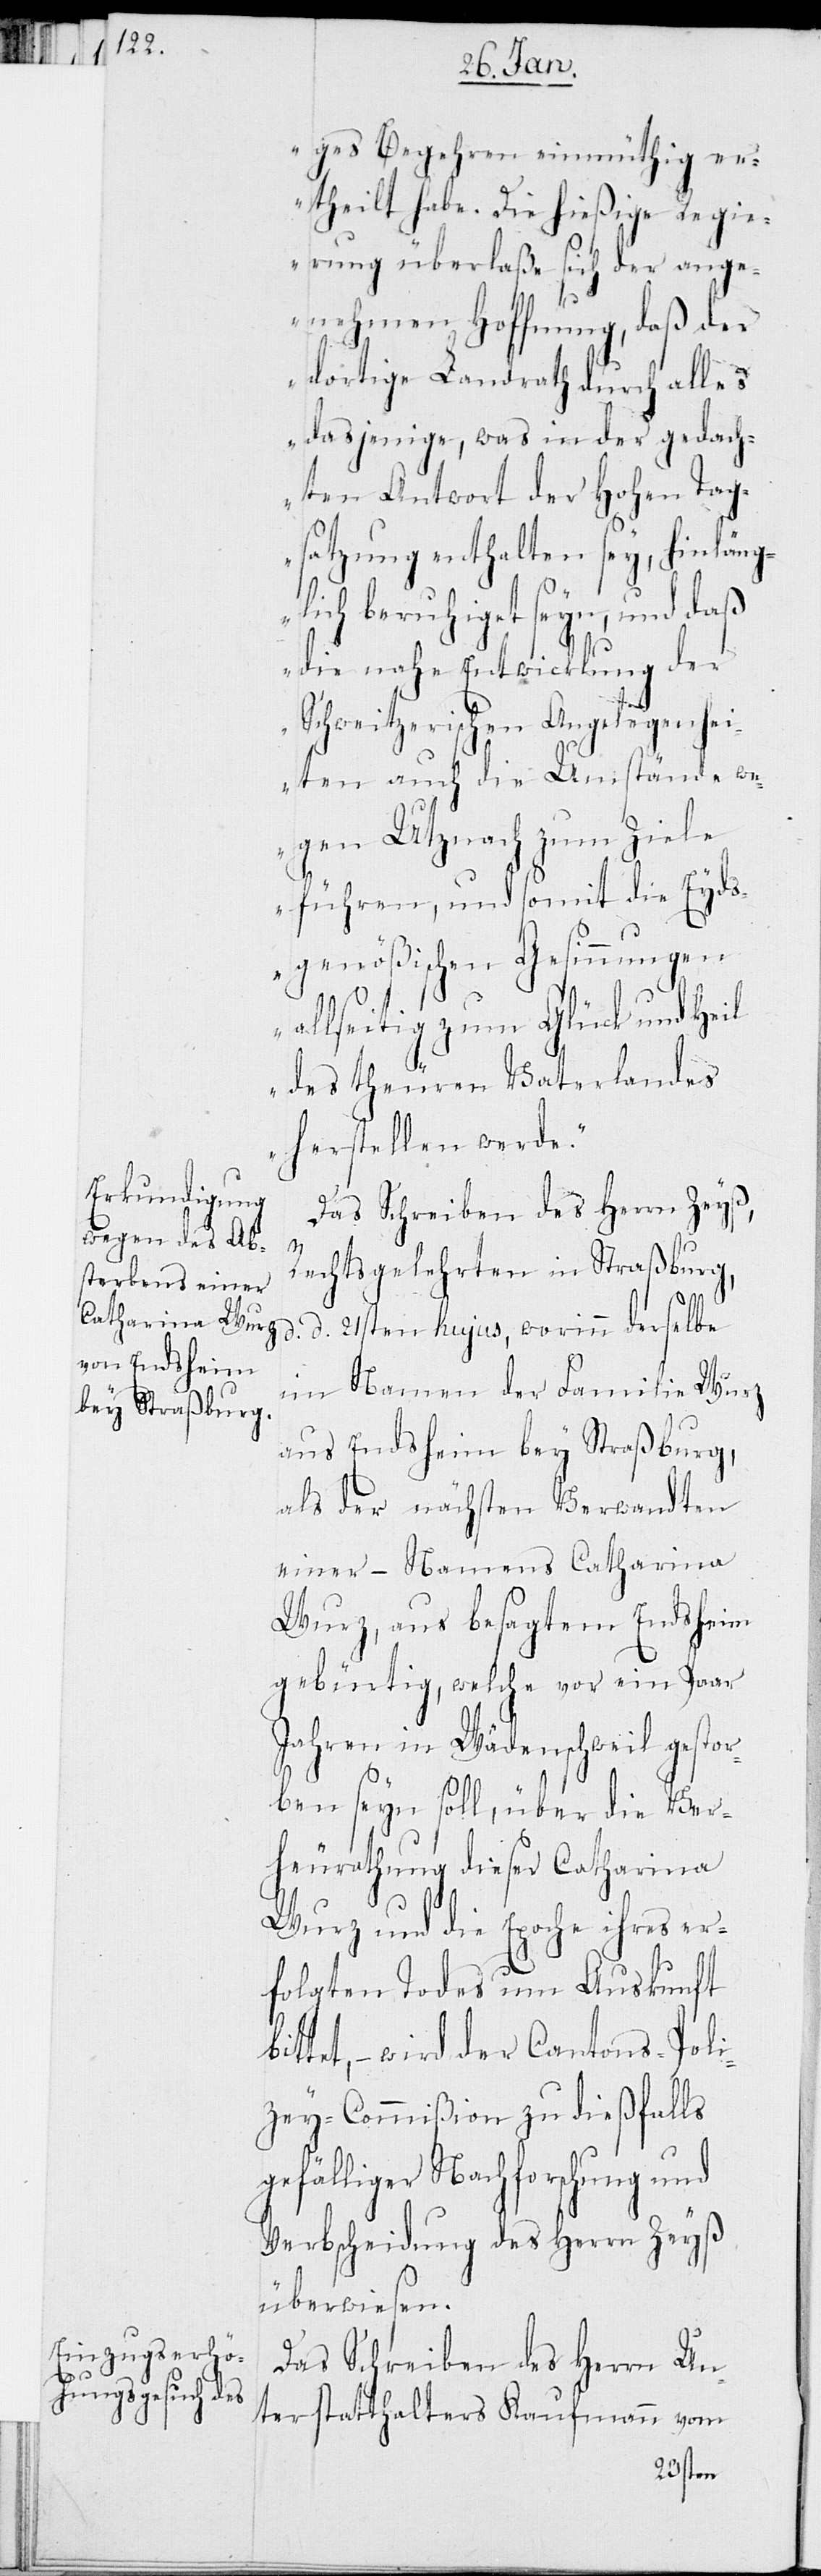
ges Begehren einmüthig e¬
rtheilt habe. Die hießige Regi¬
erung überlaße sich der ange¬
nehmen Hoffnung, daß der
dortige Landrath durch alles
dasjenige, was in der gedach¬
ten Antwort der Hohen Tag¬
satzung enthalten sey, hinlängl¬
ich beruhiget seyn, und daß
die nahe Entwicklung der
Schweitzerischen Angelegenhei¬
ten auch die Umstände we¬
gen Utznach zum Ziele
führen, und somit die Eyds¬
genößischen Gesinnungen
allseitig zum Glück und Heil
des theuren Vaterlandes
herstellen werde.“
Das Schreiben des Herrn Zeyß,
bit¬
Rechtsgelehrten in Straßburg,
d. 21sten hujus, worinn derselbe
im Namen der Familie Wurz
aus Endsheim bey Straßburg,
als der nächsten Verwandten
einer – Namens Catharina
Wurz, aus besagtem Endsheim
gebürtig, welche vor ein Paar
Jahren in Wädenschweil gestor¬
ben seyn soll, über die Ver¬
heurathung dieser Catharina
Wurz und die Epoche ihres er¬
folgten Todes um Auskunft
tet, – wird der Cantons-Poli¬
zey-Commißion zu dießfalls
gefälliger Nachforschung und
Verbscheidung des Herrn Zeyß
überwiesen.
Das Schreiben des Herrn Un¬
terstatthalters Kaufmann vom